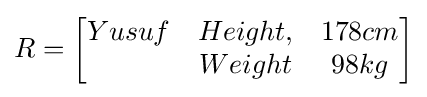
R={\begin{bmatrix}Yusuf&Height,&178cm\\&Weight&98kg\end{bmatrix}}